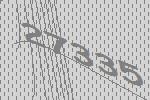
27335